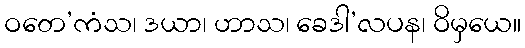
ဝတေ’ကံသ၊ ဒယာ၊ ဟာသ၊ ခေဒါ’လပန၊ ဝိမှယေ။